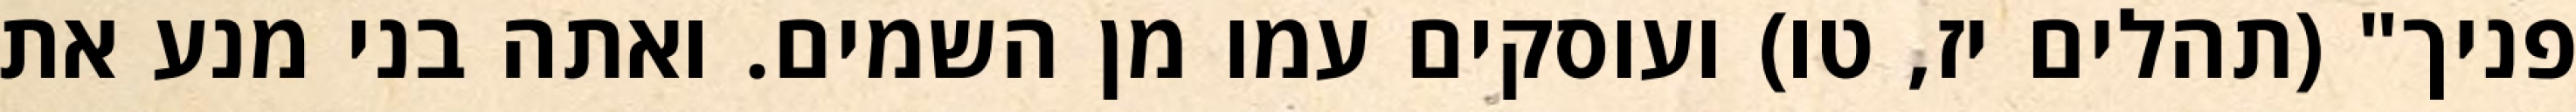
פניך" (תהלים יז, טו) ועוסקים עמו מן השמים. ואתה בני מנע את